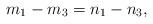
LaTeX: \begin{align*}m_1-m_3=n_1-n_3,\end{align*}